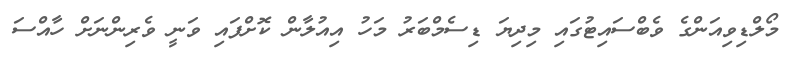
މޯލްޑިވިއަންގެ ވެބްސައިޓުގައި މިދިޔަ ޑިސެމްބަރު މަހު އިއުލާން ކޮށްފައި ވަނީ ވެރިންނަށް ހާއްސަ